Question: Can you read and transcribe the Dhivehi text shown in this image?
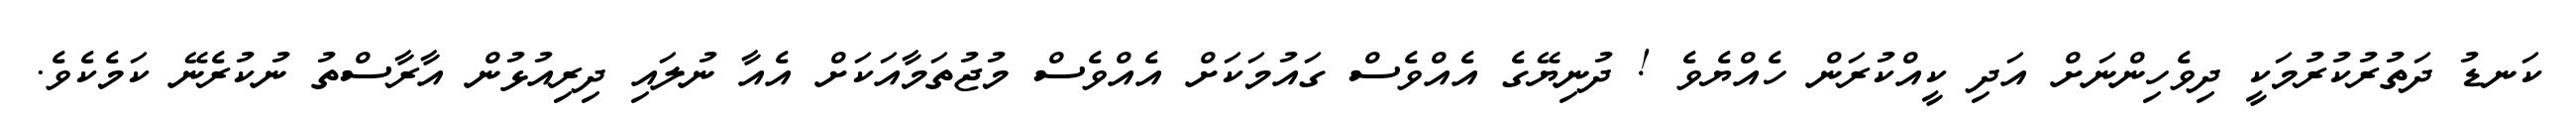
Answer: ކަނޑު ދަތުރުކުރުމަކީ ދިވެހިންނަށް އަދި ކީއްކުރަން ހެއްޔެވެ ! ދުނިޔޭގެ އެއްވެސް ގައުމަކަށް އެއްވެސް މުޖުތަމާއަކަށް އެއާ ނުލައި ދިރިއުޅުން އާރާސްތު ނުކުރެނޭ ކަމެކެވެ.